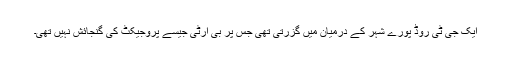
ایک جی ٹی روڈ پورے شہر کے درمیان میں گزرتی تھی جس پر بی آرٹی جیسے پروجیکٹ کی گنجائش نہیں تھی۔